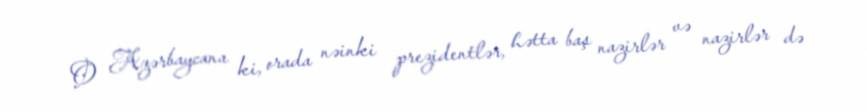
O Azərbaycana ki, orada nəinki prezidentlər, hətta baş nazirlər və nazirlər də